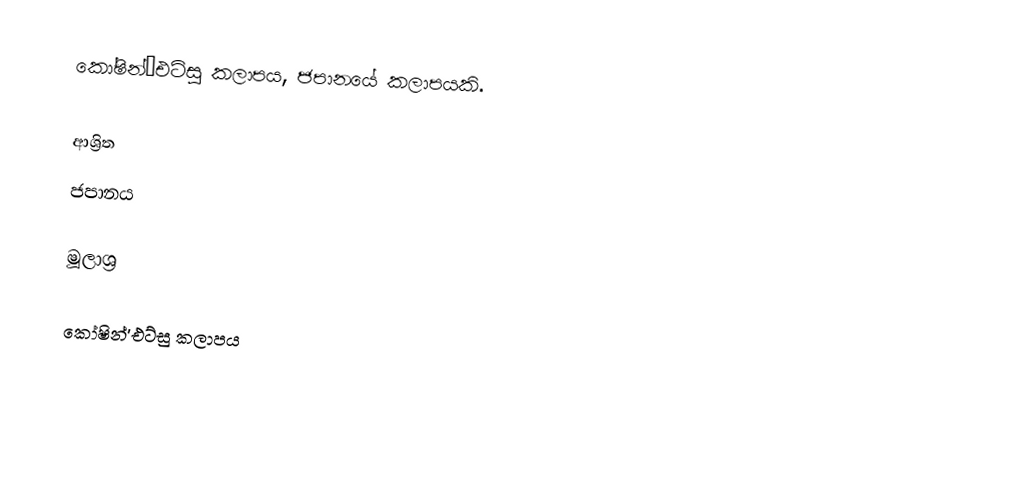
කෝෂින්’එට්සු කලාපය, ජපානයේ කලාපයකි.

ආශ්‍රිත
 ජපානය

මූලාශ්‍ර

කෝෂින්’එට්සු කලාපය